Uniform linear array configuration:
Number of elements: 16
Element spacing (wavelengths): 0.25
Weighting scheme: blackman
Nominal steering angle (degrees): -45
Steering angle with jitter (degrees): -45.986
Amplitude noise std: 0.05
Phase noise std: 0.05

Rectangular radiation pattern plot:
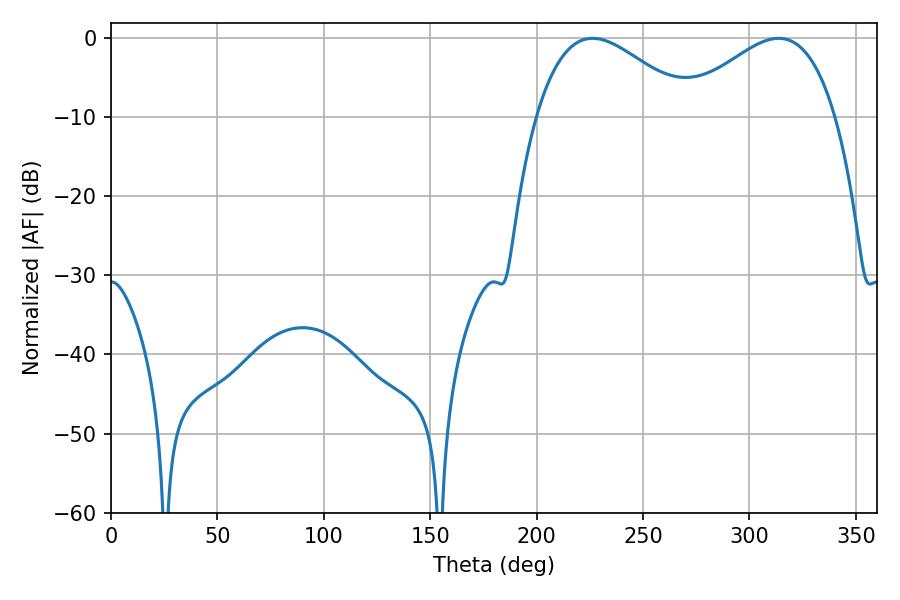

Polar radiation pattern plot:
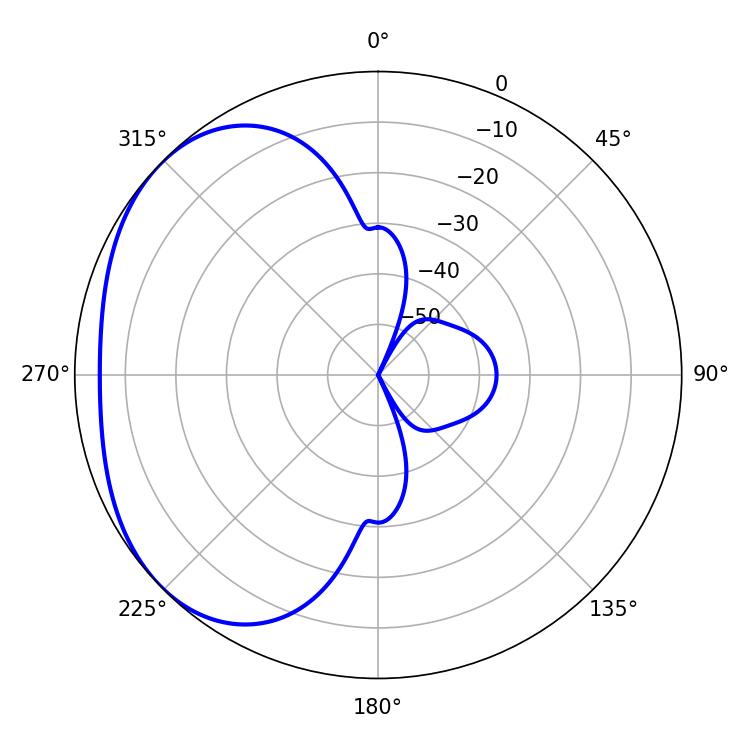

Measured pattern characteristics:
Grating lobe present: FALSE
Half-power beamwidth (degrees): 39.6
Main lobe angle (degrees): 226.26